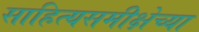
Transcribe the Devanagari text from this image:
साहित्यसमीक्षेच्या